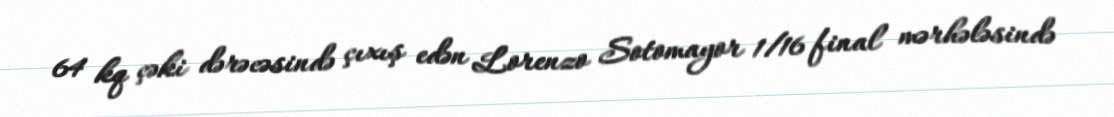
64 kq çəki dərəcəsində çıxış edən Lorenzo Sotomayor 1/16 final mərhələsində